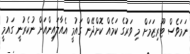
ނަމަވެސް ޓޫރިޒަމަށް މި ވަރުގެ ކަމެއް ކޮށްދޭން ގައުމީ އެއާލައިންއަށް ނުކެރުނީ ގައުމީ